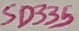
Text: SD335